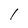
Character: I